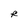
Character: R